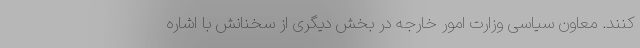
کنند. معاون سیاسی وزارت امور خارجه در بخش دیگری از سخنانش با اشاره